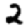
Digit: 2